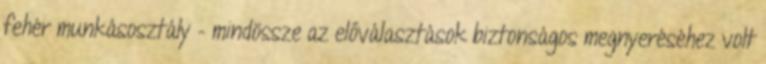
fehér munkásosztály – mindössze az előválasztások biztonságos megnyeréséhez volt